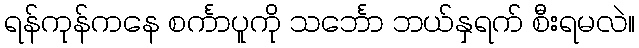
ရန်ကုန်ကနေ စင်္ကာပူကို သင်္ဘော ဘယ်နှရက် စီးရမလဲ။